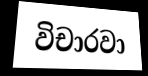
විචාරවා